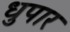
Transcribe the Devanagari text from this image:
धुपार